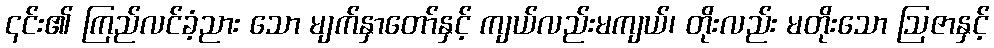
၎င်း၏ ကြည်လင်ခံ့ညား သော မျက်နှာတော်နှင့် ကျယ်လည်းမကျယ်၊ တိုးလည်း မတိုးသော ဩဇာနှင့်